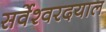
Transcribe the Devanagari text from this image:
सर्वेश्वरदयाल